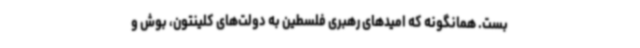
بست. همانگونه که امیدهای رهبری فلسطین به دولت‌های کلینتون، بوش و